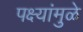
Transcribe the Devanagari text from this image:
पक्ष्यांमुळे